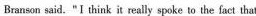
Branson said."I think it really spoke lo the fact that